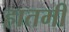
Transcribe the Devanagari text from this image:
हातमी